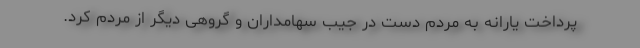
پرداخت یارانه به مردم دست در جیب سهامداران و گروهی دیگر از مردم کرد.